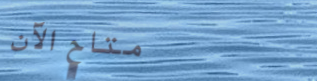
متاح الآن